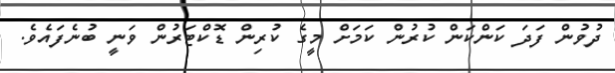
ދުވުން ފަދަ ކަންކަން ކުރުން ކަމަށް މީގެ ކުރިން ޑޮކްޓަރުން ވަނީ ބުނެފައެވެ.